Plague in India, 1896, 1897 - Volume 1
Year: 1896
Disease focus: Plague
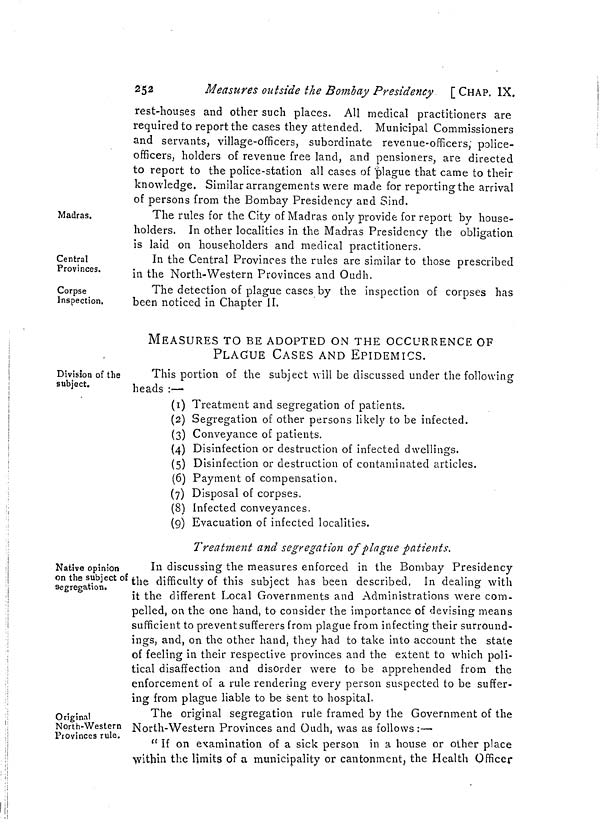
252
Measures outside the Bombay Presidency [CHAP. IX.
rest-houses and other such places. All medical practitioners are
required to report the cases they attended. Municipal Commissioners
and servants, village-officers, subordinate revenue-officers, police-
officers, holders of revenue free land, and pensioners, are directed
to report to the police-station all cases of plague that came to their
knowledge. Similar arrangements were made for reporting the arrival
of persons from the Bombay Presidency and Sind.
Madras.
The rules for the City of Madras only provide for report by house-
holders. In other localities in the Madras Presidency the obligation
is laid on householders and medical practitioners.
Central
Provinces.
In the Central Provinces the rules are similar to those prescribed
in the North-Western Provinces and Oudh.
Corpse
Inspection.
The detection of plague cases by the inspection of corpses has
been noticed in Chapter II.
MEASURES TO BE ADOPTED ON THE OCCURRENCE OF
PLAGUE CASES AND EPIDEMICS.
Division of the
subject.
This portion of the subject will be discussed under the following
heads :—
(1) Treatment and segregation of patients.
(2) Segregation of other persons likely to be infected.
(3) Conveyance of patients.
(4) Disinfection or destruction of infected dwellings.
(5) Disinfection or destruction of contaminated articles.
(6) Payment of compensation.
(7) Disposal of corpses.
(8) Infected conveyances.
(9) Evacuation of infected localities.
Treatment and segregation of plague patients.
Native opinion
on the subject of
segregation.
In discussing the measures enforced in the Bombay Presidency
the difficulty of this subject has been described. In dealing with
it the different Local Governments and Administrations were com-
pelled, on the one hand, to consider the importance of devising means
sufficient to prevent sufferers from plague from infecting their surround-
ings, and, on the other hand, they had to take into account the state
of feeling in their respective provinces and the extent to which poli-
tical disaffection and disorder were to be apprehended from the
enforcement of a rule rendering every person suspected to be suffer-
ing from plague liable to be sent to hospital.
Original
North-Western
Provinces rule.
The original segregation rule framed by the Government of the
North-Western Provinces and Oudh, was as follows:—
" If on examination of a sick person in a house or other place
within the limits of a municipality or cantonment, the Health Officer